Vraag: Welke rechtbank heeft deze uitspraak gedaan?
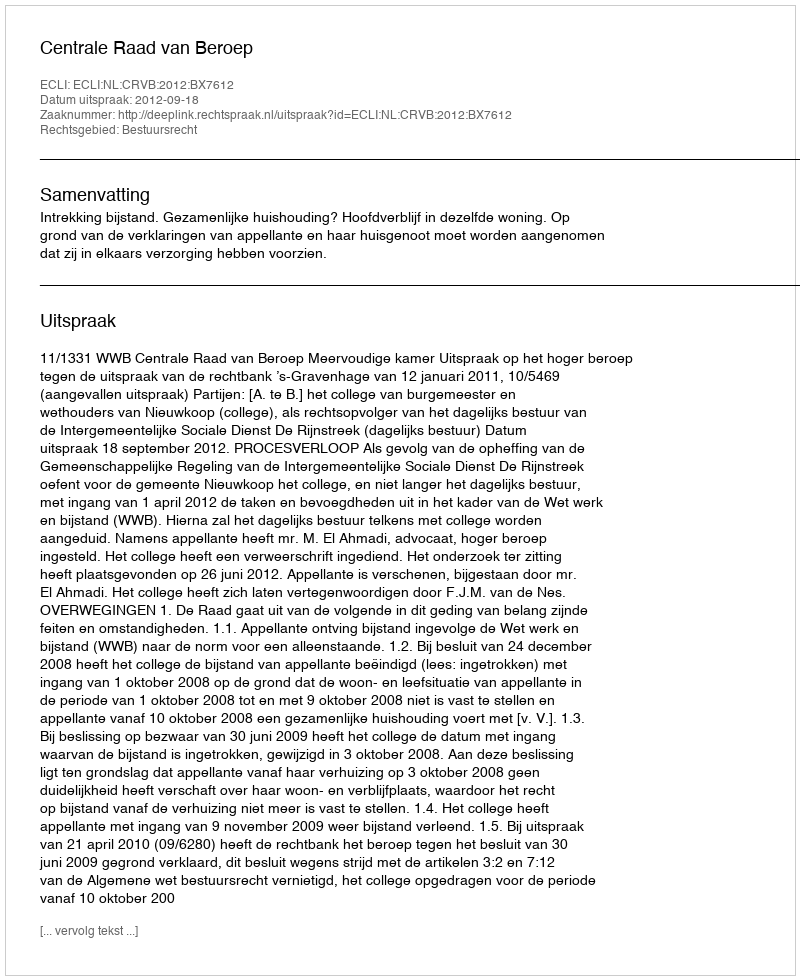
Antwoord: Centrale Raad van Beroep